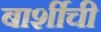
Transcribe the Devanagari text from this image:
बार्शीची